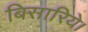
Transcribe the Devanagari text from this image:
बिसारिये।